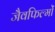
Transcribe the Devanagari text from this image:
जैवफिल्मों